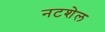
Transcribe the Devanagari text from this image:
नटशेल